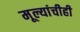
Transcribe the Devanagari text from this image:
मूल्यांचीही